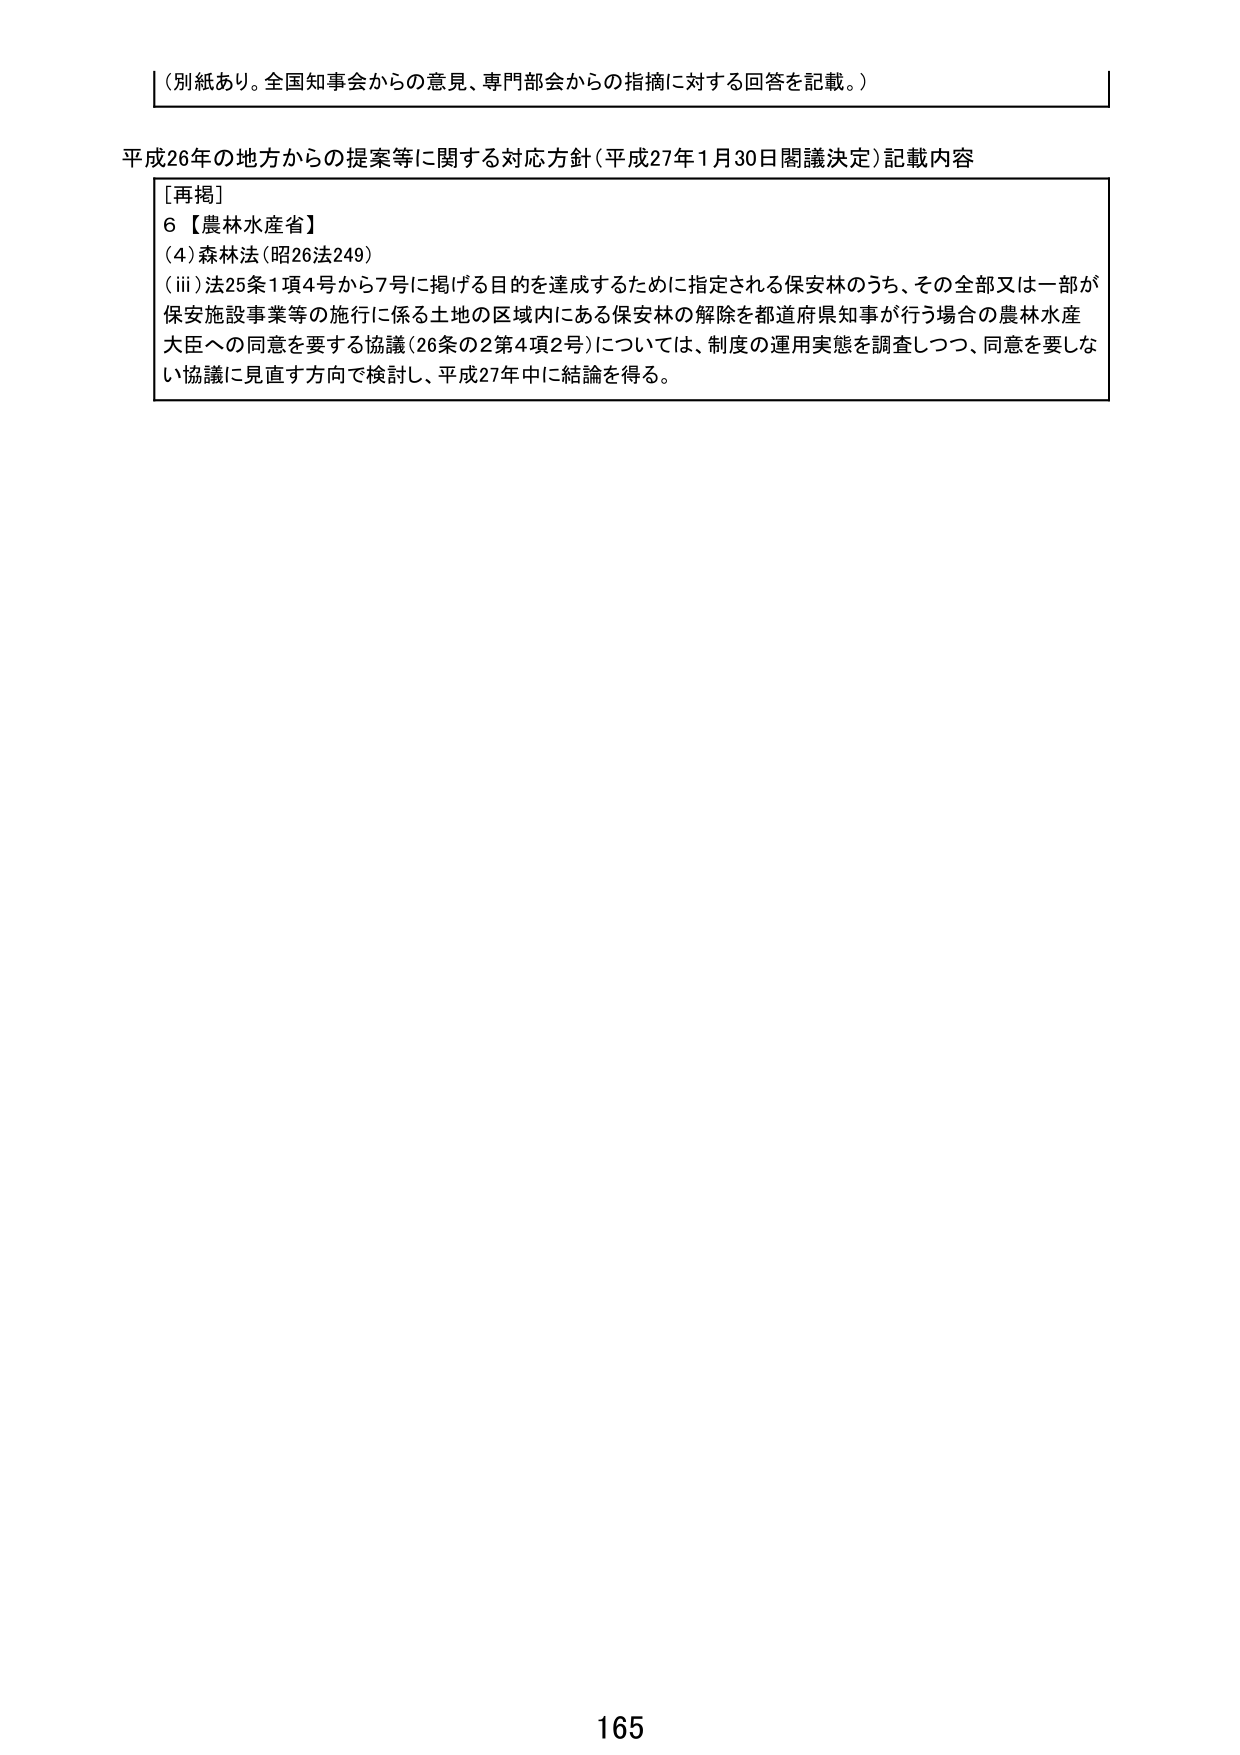
（別紙あり。全国知事会からの意見、専門部会からの指摘に対する回答を記載。）

平成26年の地方からの提案等に関する対応方針（平成27年1月30日閣議決定）記載内容

［再掲］
6【農林水産省】
（4）森林法（昭26法249）
（iii）法25条1項4号から7号に掲げる目的を達成するために指定される保安林のうち、その全部又は一部が保安施設事業等の施行に係る土地の区域内にある保安林の解除を都道府県知事が行う場合の農林水産大臣への同意を要する協議（26条の2第4項2号）については、制度の運用実態を調査しつつ、同意を要しない協議に見直す方向で検討し、平成27年中に結論を得る。

165